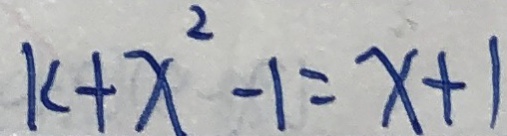
k + x ^ { 2 } - 1 = x + 1